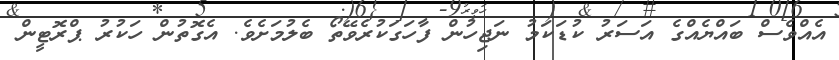
އެއްވެސް ބައްޔެއްގެ އަސަރު ކުޑަކަމު ނަޖިހުން ފާހަގަކުރެވޭތޯ ބެލުމަށެވެ. އެގޮތުން ހަކުރު ޕްރޮޓީން